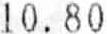
10.80